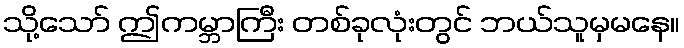
သို့သော် ဤကမ္ဘာကြီး တစ်ခုလုံးတွင် ဘယ်သူမှမနေ။